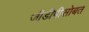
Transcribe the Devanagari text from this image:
जीडीपीसोबत